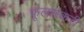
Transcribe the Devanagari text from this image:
फूलसंकरी